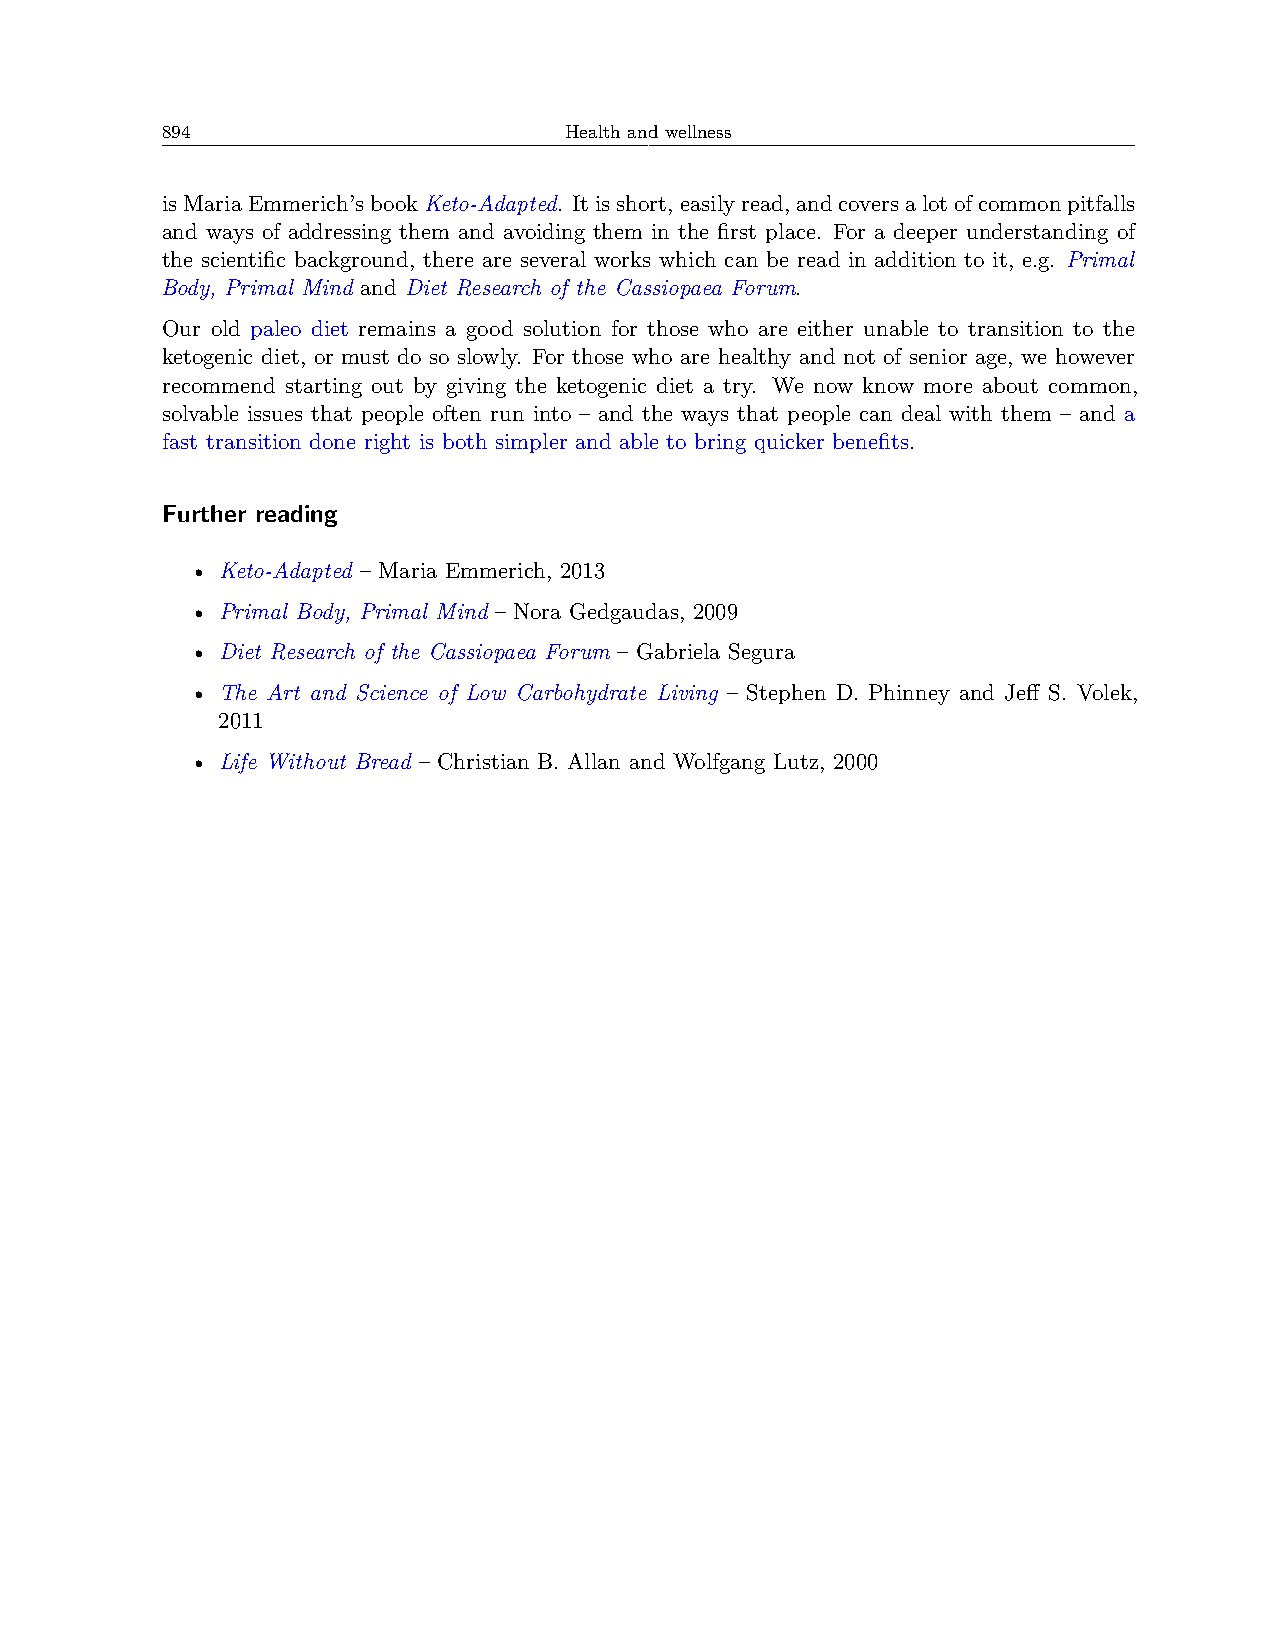
894                       Health and wellness
 isMariaEmmerich’sbookKeto-Adapted. Itisshort,easilyread,andcoversalotofcommonpitfalls
 and ways of addressing them and avoiding them in the first place. For a deeper understanding of
 the scientific background, there are several works which can be read in addition to it, e.g. Primal
 Body, Primal Mind and Diet Research of the Cassiopaea Forum.
 Our old paleo diet remains a good solution for those who are either unable to transition to the
 ketogenic diet, or must do so slowly. For those who are healthy and not of senior age, we however
 recommend starting out by giving the ketogenic diet a try. We now know more about common,
 solvable issues that people often run into – and the ways that people can deal with them – and a
 fast transition done right is both simpler and able to bring quicker benefits.
 Further reading
 • Keto-Adapted – Maria Emmerich, 2013
 • Primal Body, Primal Mind – Nora Gedgaudas, 2009
 • Diet Research of the Cassiopaea Forum – Gabriela Segura
 • The Art and Science of Low Carbohydrate Living – Stephen D. Phinney and Jeff S. Volek,
 2011
 • Life Without Bread – Christian B. Allan and Wolfgang Lutz, 2000